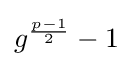
{\textstyle g^{\frac {p-1}{2}}-1}